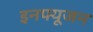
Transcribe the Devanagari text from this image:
इनफ्यूजन